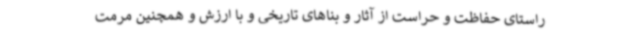
راستای حفاظت و حراست از آثار و بناهای تاریخی و با ارزش و همچنین مرمت